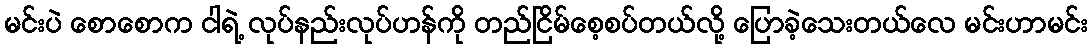
မင်းပဲ စောစောက ငါရဲ့ လုပ်နည်းလုပ်ဟန်ကို တည်ငြိမ်စေ့စပ်တယ်လို့ ပြောခဲ့သေးတယ်လေ မင်းဟာမင်း